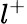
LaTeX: l^{+}